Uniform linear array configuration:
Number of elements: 32
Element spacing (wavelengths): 1
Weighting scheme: kaiser
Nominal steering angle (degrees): -15
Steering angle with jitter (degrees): -15.402
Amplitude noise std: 0.05
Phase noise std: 0.05

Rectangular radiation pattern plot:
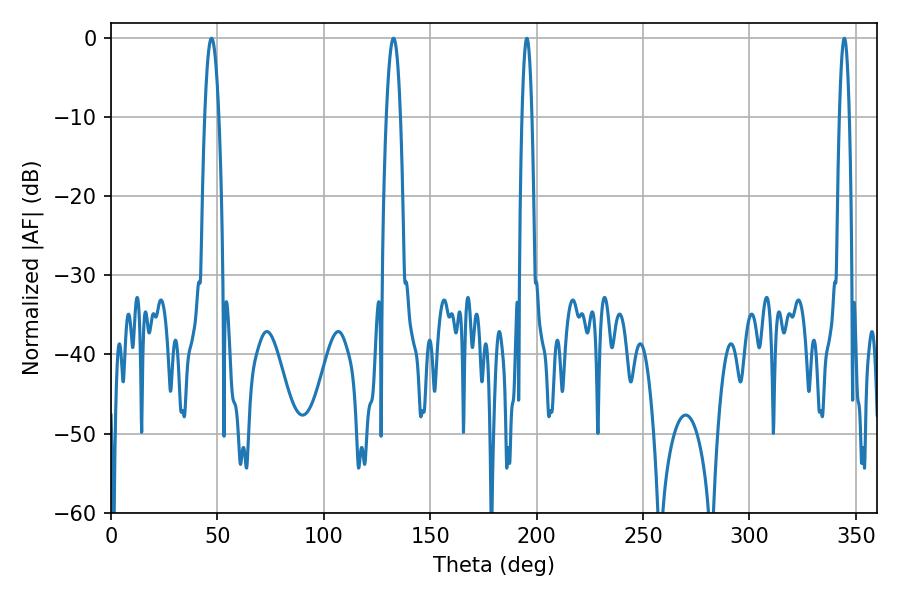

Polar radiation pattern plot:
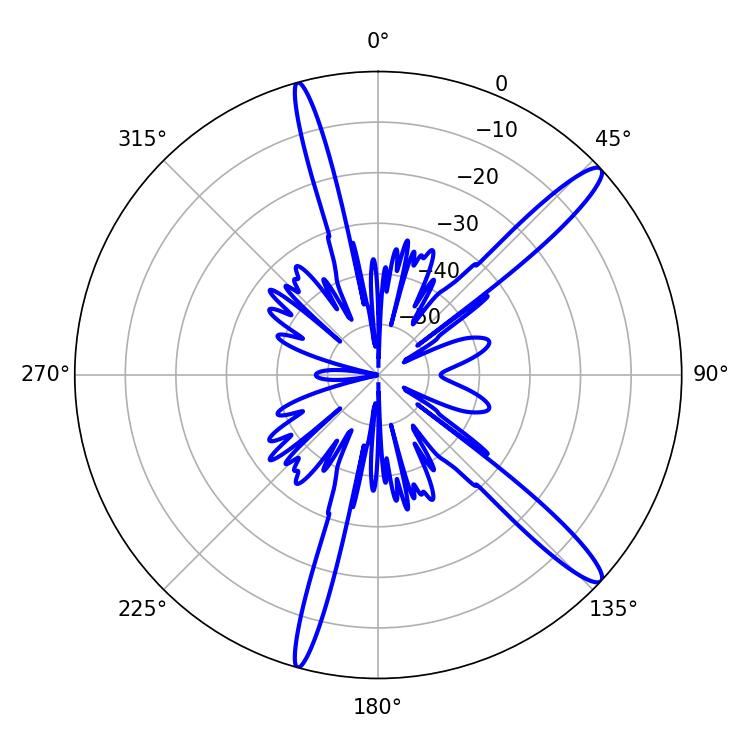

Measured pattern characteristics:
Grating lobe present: TRUE
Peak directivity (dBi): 14.199
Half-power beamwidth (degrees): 3.6
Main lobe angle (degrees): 47.16